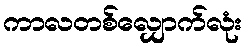
ကာလတစ်လျှောက်လုံး